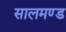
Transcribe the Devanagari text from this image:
सालमण्ड